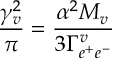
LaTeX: { \frac { \gamma _ { v } ^ { 2 } } { \pi } } = { \frac { \alpha ^ { 2 } M _ { v } } { 3 \Gamma _ { e ^ { + } e ^ { - } } ^ { v } } }